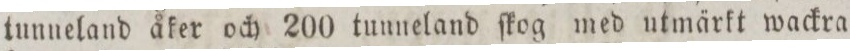
tunneland åker och 200 tunneland ſkog med utmärkt wackra